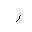
Letter: _ra